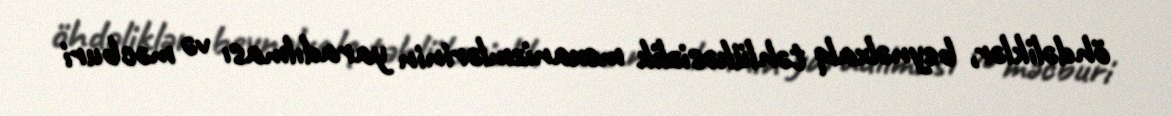
öhdəliklər, beynəlxalq təhlükəsizlik mexanizmlərinin yaradılması və məcburi